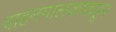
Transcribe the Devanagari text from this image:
वाहनमालकाकडून